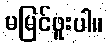
မမြင်ဖူးပါ။